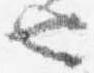
也